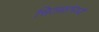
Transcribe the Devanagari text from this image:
चितळांमध्ये